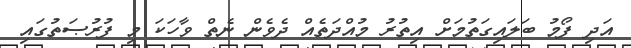
އަދި ފޯމު ބަލައިގަތުމަށް އިތުރު މުއްދަތެއް ދެވެން ނެތް ވާހަކަ މި ފުރުޞަތުގައި